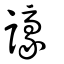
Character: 譹